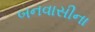
બનવાસીના